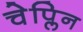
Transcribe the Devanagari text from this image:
चेप्लिन